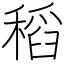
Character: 稻